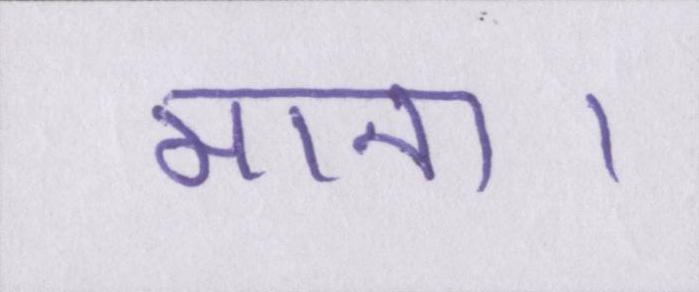
माना।